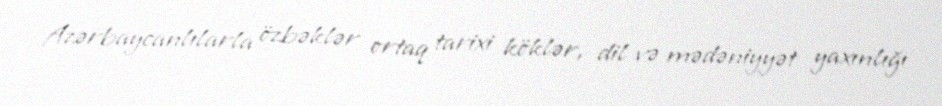
Azərbaycanlılarla özbəklər ortaq tarixi köklər, dil və mədəniyyət yaxınlığı